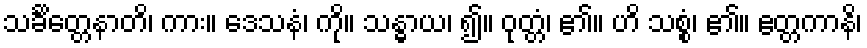
သင်္ခိတ္တေနာတိ၊ ကား။ ဒေသနံ၊ ကို။ သန္ဓာယ၊ ၍။ ဝုတ္တံ၊ ၏။ ဟိ သစ္စံ၊ ၏။ ဧတ္တကာနိ၊